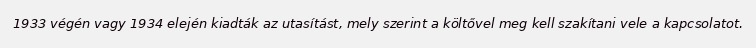
1933 végén vagy 1934 elején kiadták az utasítást, mely szerint a költővel meg kell szakítani vele a kapcsolatot.